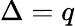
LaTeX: \Delta=q